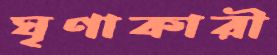
ঘৃণাকারী